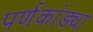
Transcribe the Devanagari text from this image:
पर्णकांड्या